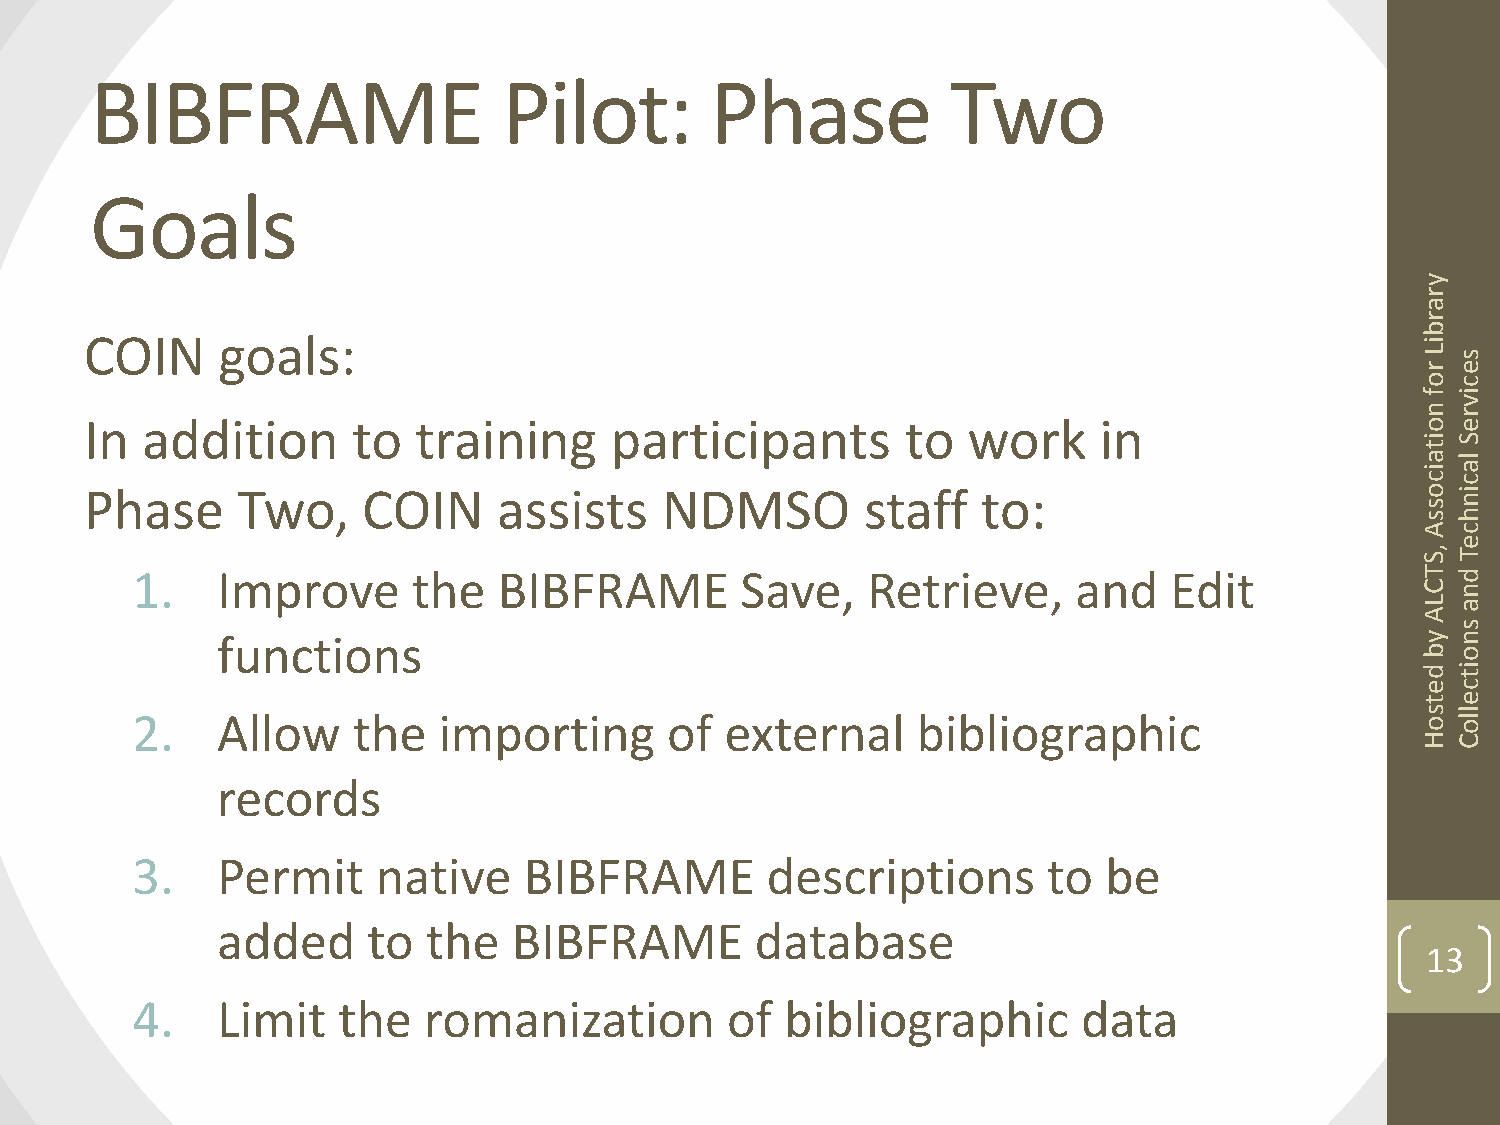
BIBFRAME                   Pilot:        Phase           Two
 Goals
 y
 r
 a
 r
 b
 COIN    goals:                                                                          i
 L rs
 e
 oc
 fi
 v
 nr
 In addition      to  training     participants        to  work     in                   oe
 iS
 t
 a l
 ia
 cc
 Phase     Two,    COIN     assists    NDMSO        staff   to:                          oi
 sn
 sh
 Ac
 e
 , ST
 1.   Improve      the   BIBFRAME        Save,   Retrieve,     and   Edit             T d
 Cn
 La
 A
 s
 functions                                                                       yn
 bo
 di
 t
 ec
 te
 2.   Allow    the   importing      of  external     bibliographic                    s ol l
 o
 HC
 records
 3.   Permit     native    BIBFRAME        descriptions      to  be
 added     to  the   BIBFRAME        database
 13
 4.   Limit   the   romanization        of  bibliographic       data